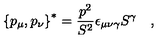
\left\{ p _ { \mu } , p _ { \nu } \right\} ^ { * } = \frac { p ^ { 2 } } { S ^ { 2 } } \epsilon _ { \mu \nu \gamma } S ^ { \gamma } \quad ,